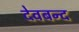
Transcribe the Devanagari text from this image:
देवबन्‍द